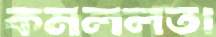
কমললতা